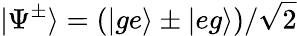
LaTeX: |\Psi^{\pm}\rangle=(|ge\rangle\pm|eg\rangle)/\sqrt{2}